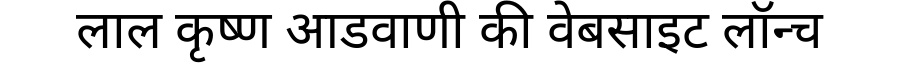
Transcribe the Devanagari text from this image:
लाल कृष्ण आडवाणी की वेबसाइट लॉन्च